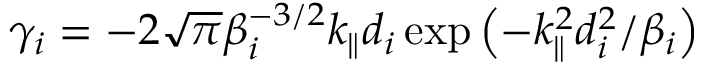
\gamma _ { i } = - 2 \sqrt { \pi } \beta _ { i } ^ { - 3 / 2 } k _ { \parallel } d _ { i } \exp \left( - k _ { \parallel } ^ { 2 } d _ { i } ^ { 2 } / \beta _ { i } \right)